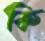
কি